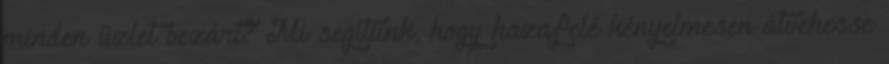
minden üzlet bezárt? Mi segítünk, hogy hazafelé kényelmesen átvehesse